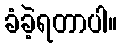
ခံခဲ့ရတာပါ။